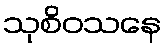
သုစိဝသနေ